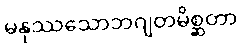
မနုဿသောဘဂျတမိစ္ဆတာ